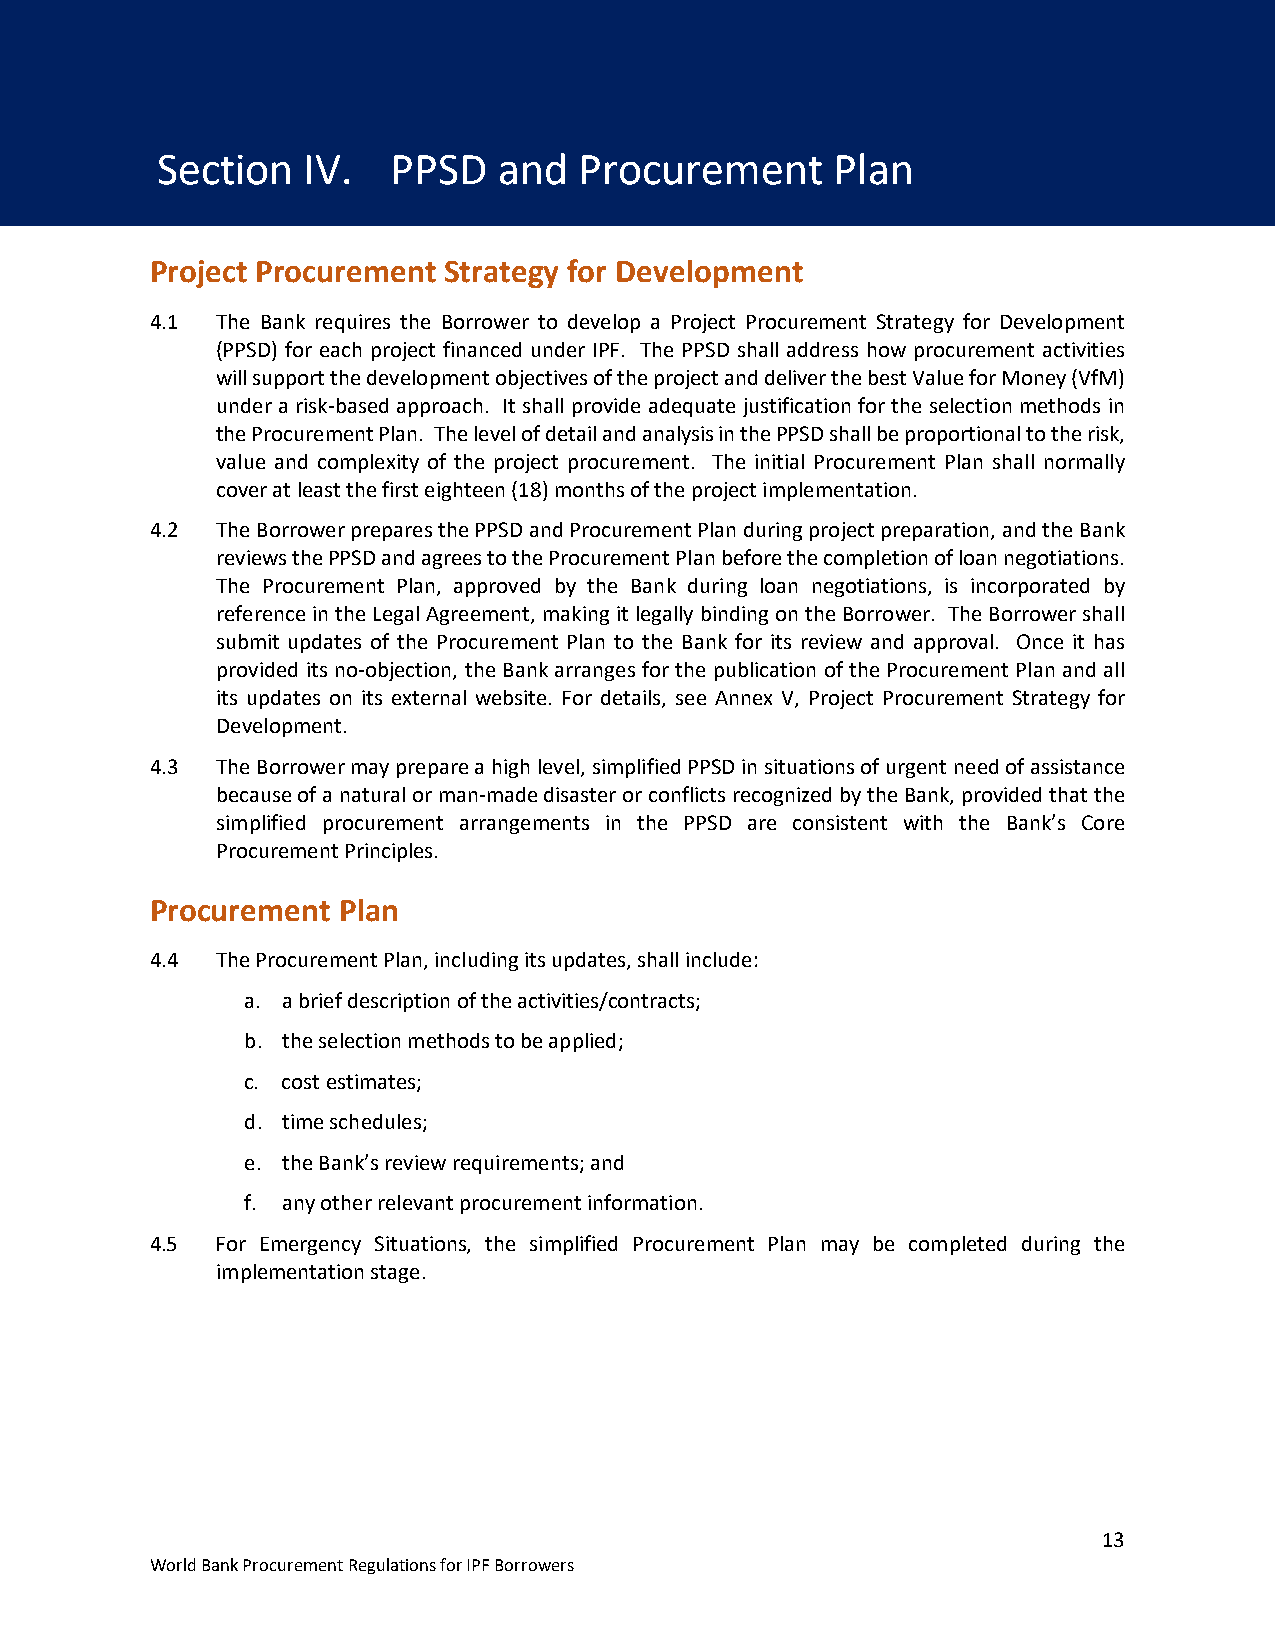
Section   IV.   PPSD   and  Procurement      Plan
 Section IV. PPSD and Procurement Plan
 Project Procurement Strategy for Development
 4.1 The Bank requires the Borrower to develop a Project Procurement Strategy for Development
 (PPSD) for each project financed under IPF. The PPSD shall address how procurement activities
 will support the development objectives of the project and deliver the best Value for Money (VfM)
 under a risk-based approach. It shall provide adequate justification for the selection methods in
 the Procurement Plan. The level of detail and analysis in the PPSD shall be proportional to the risk,
 value and complexity of the project procurement. The initial Procurement Plan shall normally
 cover at least the first eighteen (18) months of the project implementation.
 4.2 The Borrower prepares the PPSD and Procurement Plan during project preparation, and the Bank
 reviews the PPSD and agrees to the Procurement Plan before the completion of loan negotiations.
 The Procurement Plan, approved by the Bank during loan negotiations, is incorporated by
 reference in the Legal Agreement, making it legally binding on the Borrower. The Borrower shall
 submit updates of the Procurement Plan to the Bank for its review and approval. Once it has
 provided its no-objection, the Bank arranges for the publication of the Procurement Plan and all
 its updates on its external website. For details, see Annex V, Project Procurement Strategy for
 Development.
 4.3 The Borrower may prepare a high level, simplified PPSD in situations of urgent need of assistance
 because of a natural or man-made disaster or conflicts recognized by the Bank, provided that the
 simplified procurement arrangements in the PPSD are consistent with the Bank’s Core
 Procurement Principles.
 Procurement Plan
 4.4 The Procurement Plan, including its updates, shall include:
 a. a brief description of the activities/contracts;
 b. the selection methods to be applied;
 c. cost estimates;
 d. time schedules;
 e. the Bank’s review requirements; and
 f. any other relevant procurement information.
 4.5 For Emergency Situations, the simplified Procurement Plan may be completed during the
 implementation stage.
 13
 World Bank Procurement Regulations for IPF Borrowers